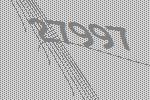
27997